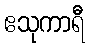
ဧသုကာရီ